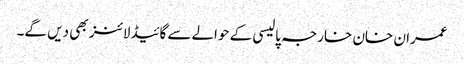
عمران خان خارجہ پالیسی کے حوالےسے گائیڈلائنز بھی دیں گے۔